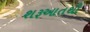
શરૂઆતથી